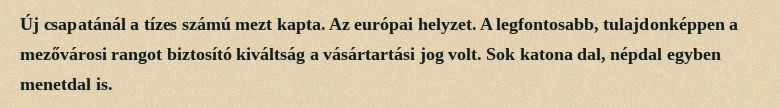
Új csapatánál a tízes számú mezt kapta. Az európai helyzet. A legfontosabb, tulajdonképpen a mezővárosi rangot biztosító kiváltság a vásártartási jog volt. Sok katona dal, népdal egyben menetdal is.